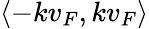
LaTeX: \langle-kv_{F},kv_{F}\rangle